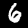
Digit: 6